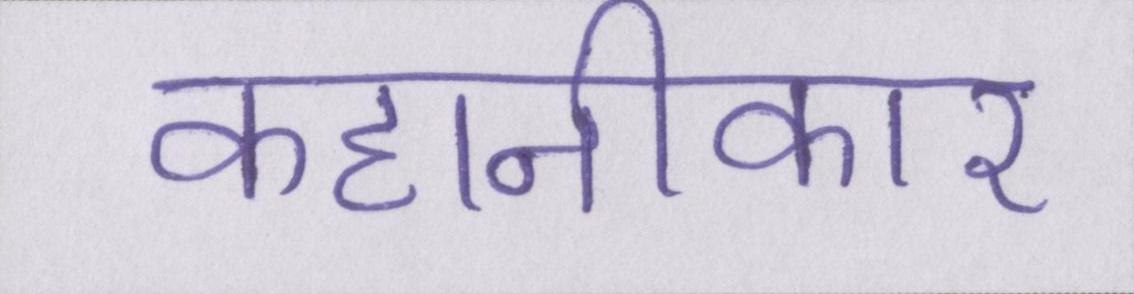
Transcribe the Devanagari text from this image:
कहानीकार